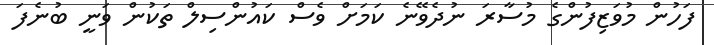
ފަހުން މުވަޒިފުންގެ މުސާރަ ނުދެވޭނެ ކަމަށް ވެސް ކައުންސިލް ތަކުން ވަނީ ބުނެފަ